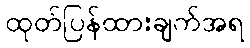
ထုတ်ပြန်ထားချက်အရ